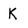
Character: K